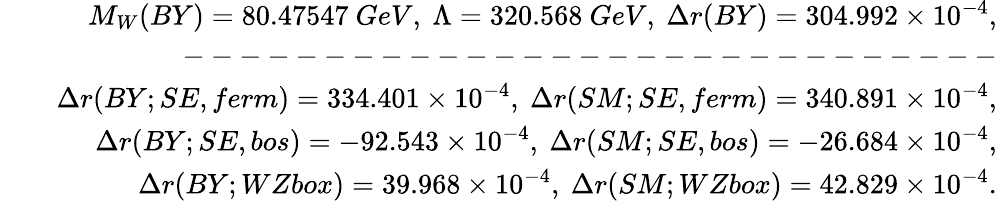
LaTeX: \begin{array}{rlr}&{}&{M_{W}(BY)=80.47547\ GeV,\ \Lambda=320.568\ GeV,\ \Delta r(BY)=304.992\times 10^{-4},}\\ &{}&{-----------------------------}\\ &{}&{\Delta r(BY;SE,ferm)=334.401\times 10^{-4},\ \Delta r(SM;SE,ferm)=340.891\times 10^{-4},}\\ &{}&{\Delta r(BY;SE,bos)=-92.543\times 10^{-4},\ \Delta r(SM;SE,bos)=-26.684\times 10^{-4},}\\ &{}&{\Delta r(BY;WZbox)=39.968\times 10^{-4},\ \Delta r(SM;WZbox)=42.829\times 10^{-4}.}\end{array}